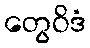
တွေဝိဒံ